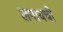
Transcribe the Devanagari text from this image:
लपायची